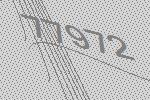
77972